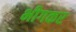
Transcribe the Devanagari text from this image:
भीगकर